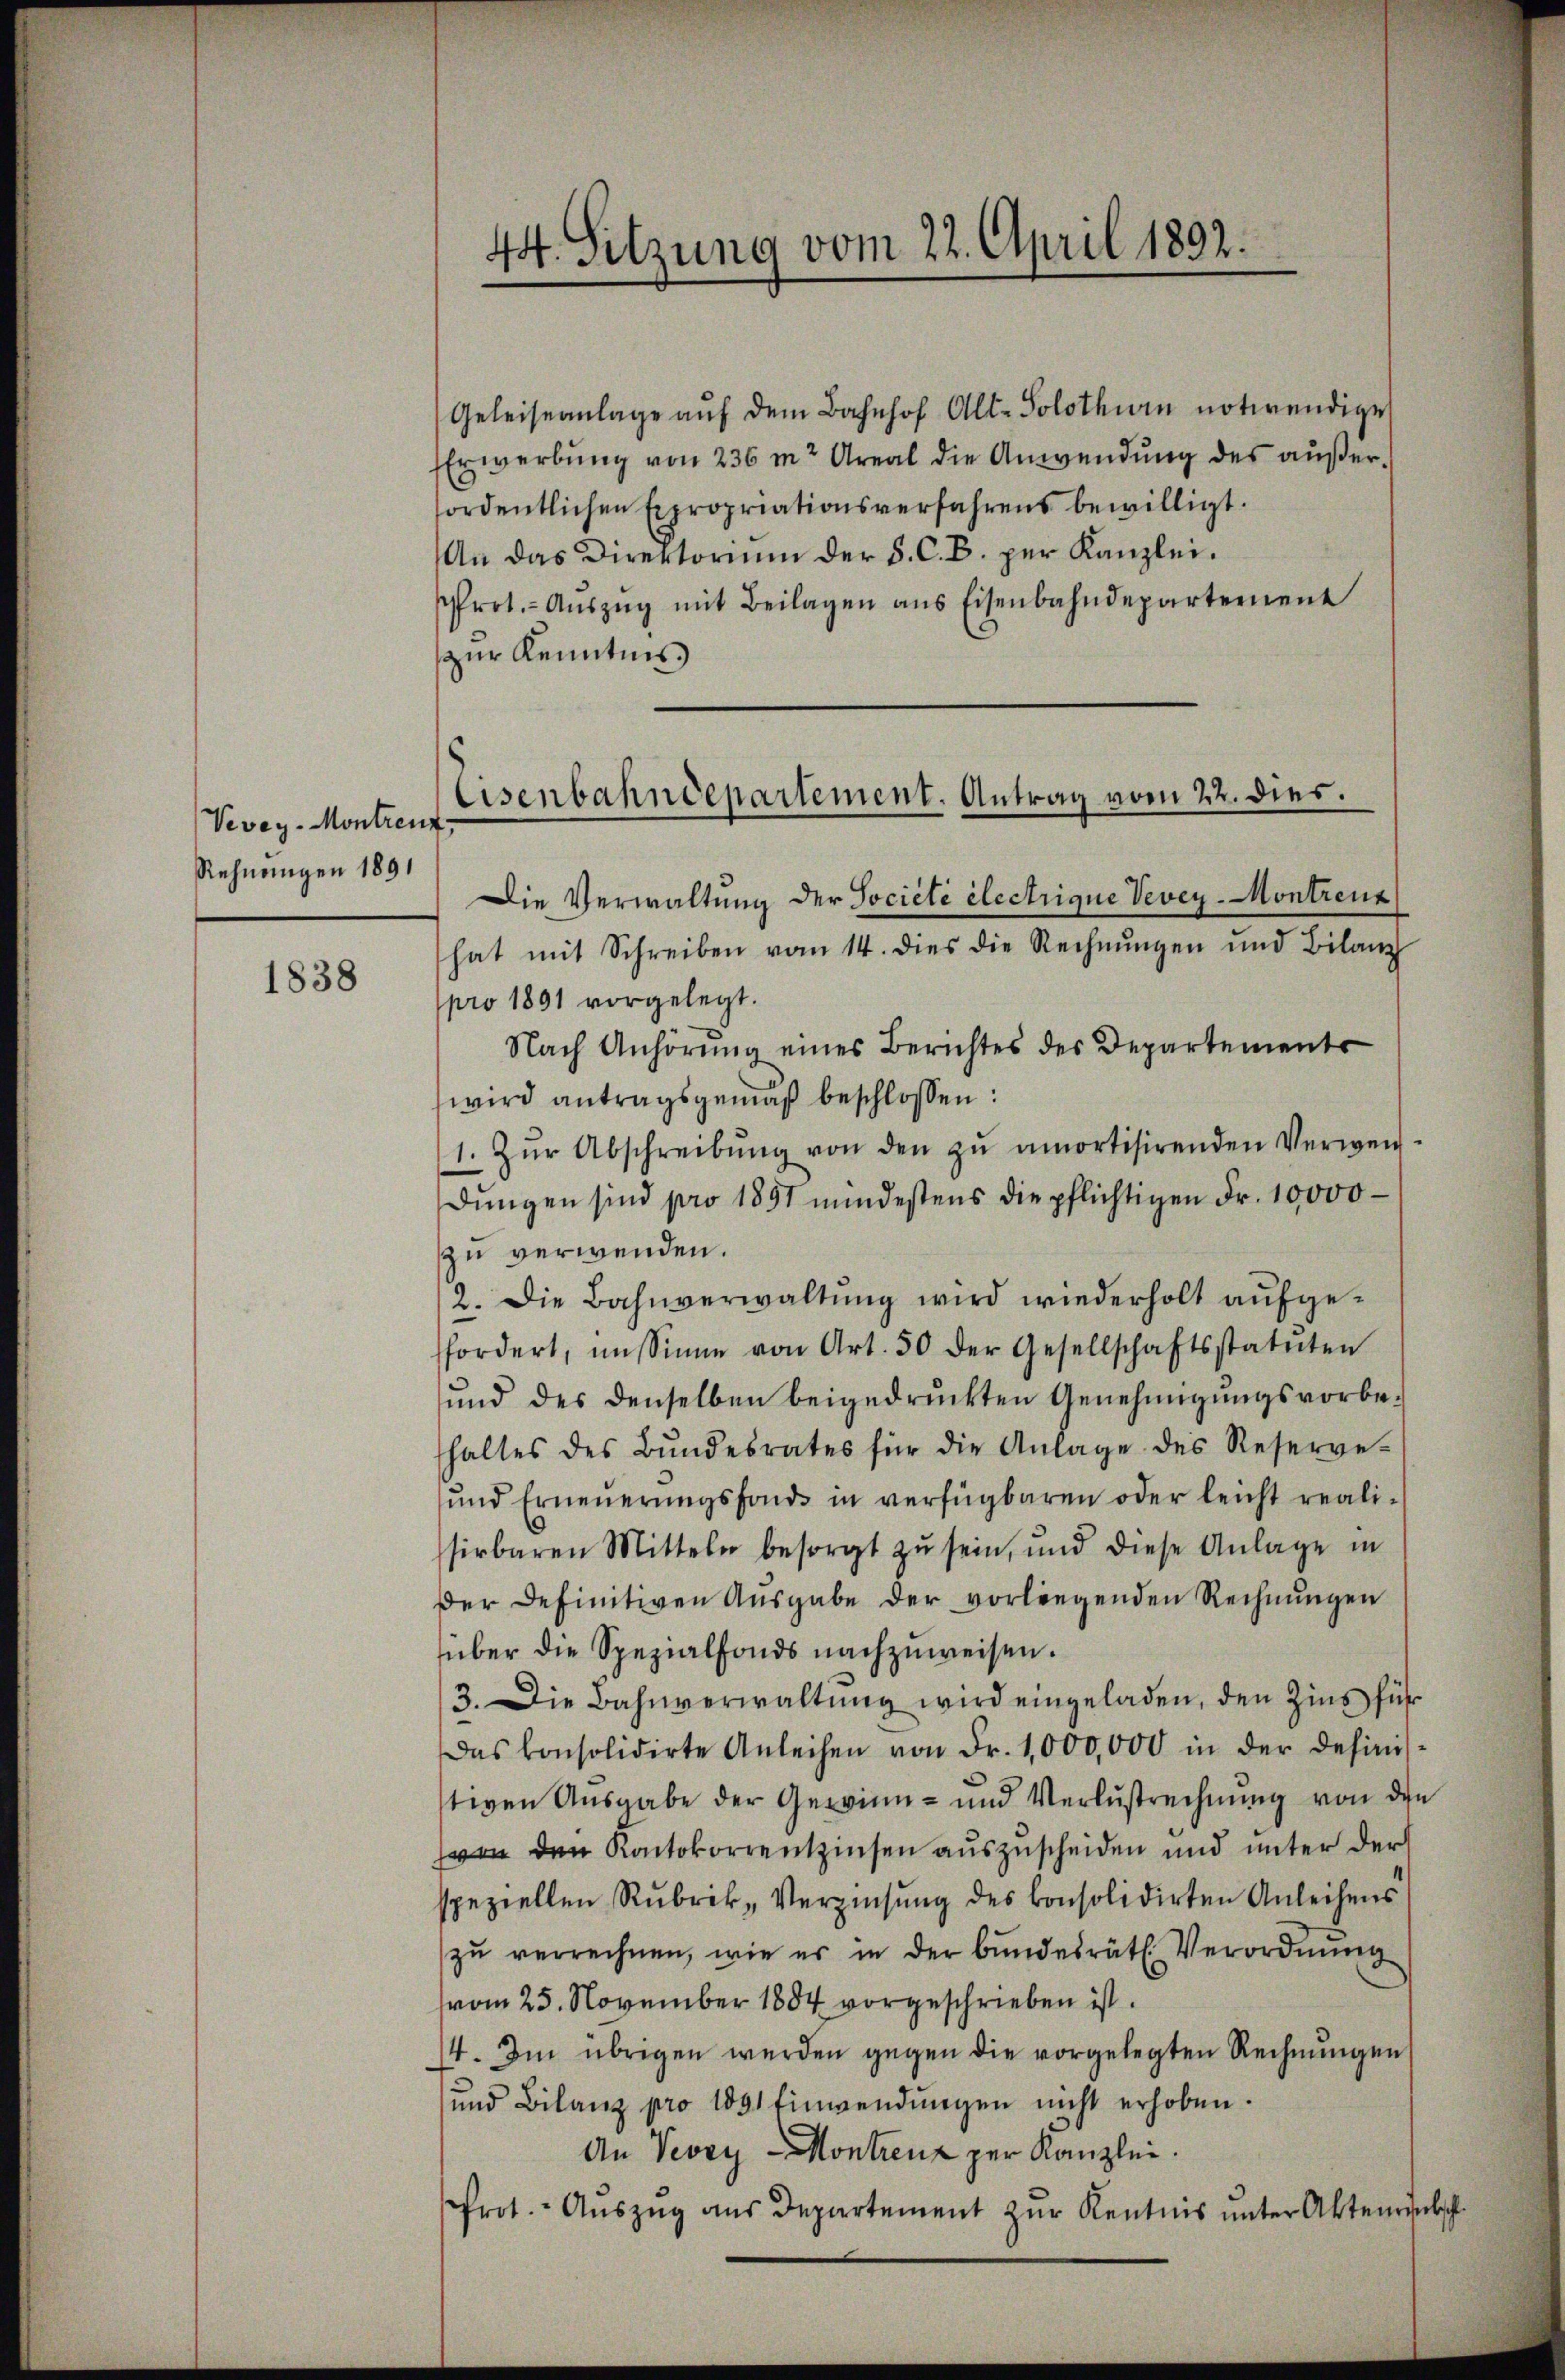
Vevey Montreut
Rehnungen 1891

1838

Geleiseanlage aŭf dem Bahnhof Alt-Solothurn notwendige
Erwerbung von 236 m Areal die Anwendung des außerfordentlichen Expropriationsverfahrens bewilligt.
An das Direktorium der S. C. B. per Kanzlei.
rot.- Aŭszŭg mit Beilagen ans Eisenbahndepartement
zur Kenntnis
Die Verwaltung der Société électrigue Vevey-Montreuz
hat mit Schreiben vom 14. dies die Rechnŭngen und Bilanz
pro 1891 vorgelegt.
Nach Anhörŭng eines Berichtes des Departements
wird antragsgemäß beschlossen:
1. Zŭr Abschreibŭng von den zŭ amortisirenden Verwen-
dŭngen sind pro 1891 mindestens die pflichtigen Fr. 10,000
zu verwenden.
2. Die Bahnverwaltŭng wird wiederholt aŭfge-
ffordert, im Sinne von Art. 50 der Gesellschaftsstatuten
und des denselben beigedruckten Genehmigŭngsvorbe-
haltes des Bŭndesrates für die Anlage des Reserve-
ŭnd Erneŭerŭngsfonds in verfügbaren oder leicht reali-
sirbaren Mitteln besorgt zŭ sein, und diese Anlage in
der Definitiven Aŭsgabe der vorliegenden Rechnŭngen
über die Spezialfonds nachzuweisen.
3. Die Bahnverwaltŭng wird eingeladen, den Zins für
Das konsolidirte Anleihen von Fr. 1,000,000 in der Desinis-
tiven Ausgabe der Gewinn- und Verlustrechnŭng von den
von den Kontokorrentzinsen auszuscheiden und unter der
speziellen Rubrik „Verzinsung des konsolidirten Anleihens
zŭ verrechnen, wie er in der bundesrätl. Verordnŭng
vom 25. November 1884 vorgeschrieben ist.
4. Im übrigen werden gegen die vorgelegten Rechnŭngen,
und Bilanz pro 1891 Einwendŭngen nicht erhoben.
An Vevey Montrenz per Kanzlei.
frot. Aŭszŭg aŭs Departement zŭr Kentnis ŭnter Aktenrentsch

44. Setzung vom 22. April 1892.

Eisenbahndepartement. Antrag vom 22. dies.